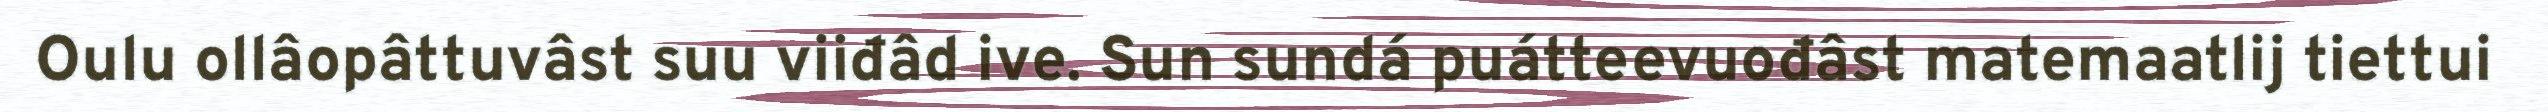
Oulu ollâopâttuvâst suu viiđâd ive. Sun sundá puátteevuođâst matemaatlij tiettui